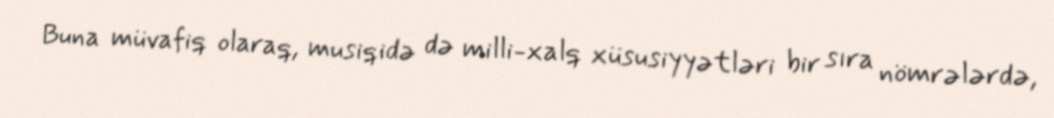
Buna müvafiq olaraq, musiqidə də milli-xalq xüsusiyyətləri bir sıra nömrələrdə,